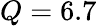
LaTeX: Q=6.7